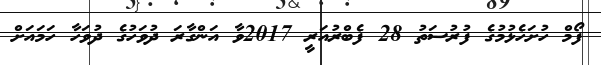
ފޯމް ހުށަހެޅުމުގެ ފުރުސަތު 28 ފެބްރުއަރީ 2017ވާ އަންގާރަ ދުވަހުގެ ދުވަހާ ހަމައަށް